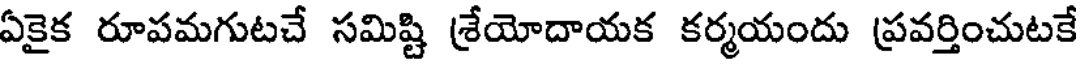
ఏకైక రూపమగుటచే సమిష్టి శ్రేయోదాయక కర్మయందు ప్రవర్తించుటకే